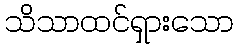
သိသာထင်ရှားသော